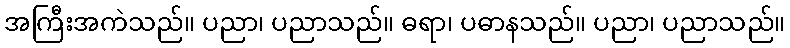
အကြီးအကဲသည်။ ပညာ၊ ပညာသည်။ ဓရာ၊ ပဓာနသည်။ ပညာ၊ ပညာသည်။